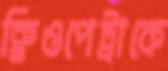
ক্লিওপেট্রাকে